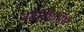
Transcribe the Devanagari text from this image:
बेवेसिएसिस